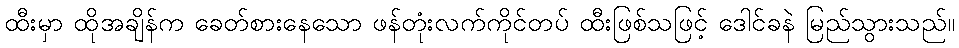
ထီးမှာ ထိုအချိန်က ခေတ်စားနေသော ဖန်တုံးလက်ကိုင်တပ် ထီးဖြစ်သဖြင့် ဒေါင်ခနဲ မြည်သွားသည်။